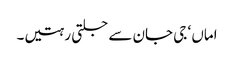
اماں ‘ جی جان سے جلتی رہتیں۔